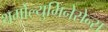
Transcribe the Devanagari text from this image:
थर्मोल्युमिनेसेन्स